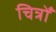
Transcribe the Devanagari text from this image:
चित्रोँ